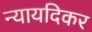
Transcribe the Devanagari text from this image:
न्यायदिकर